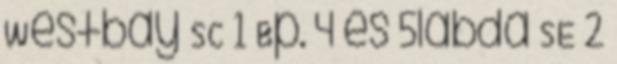
Westbay SC 1 Bp. 4 és 5labda SE 2